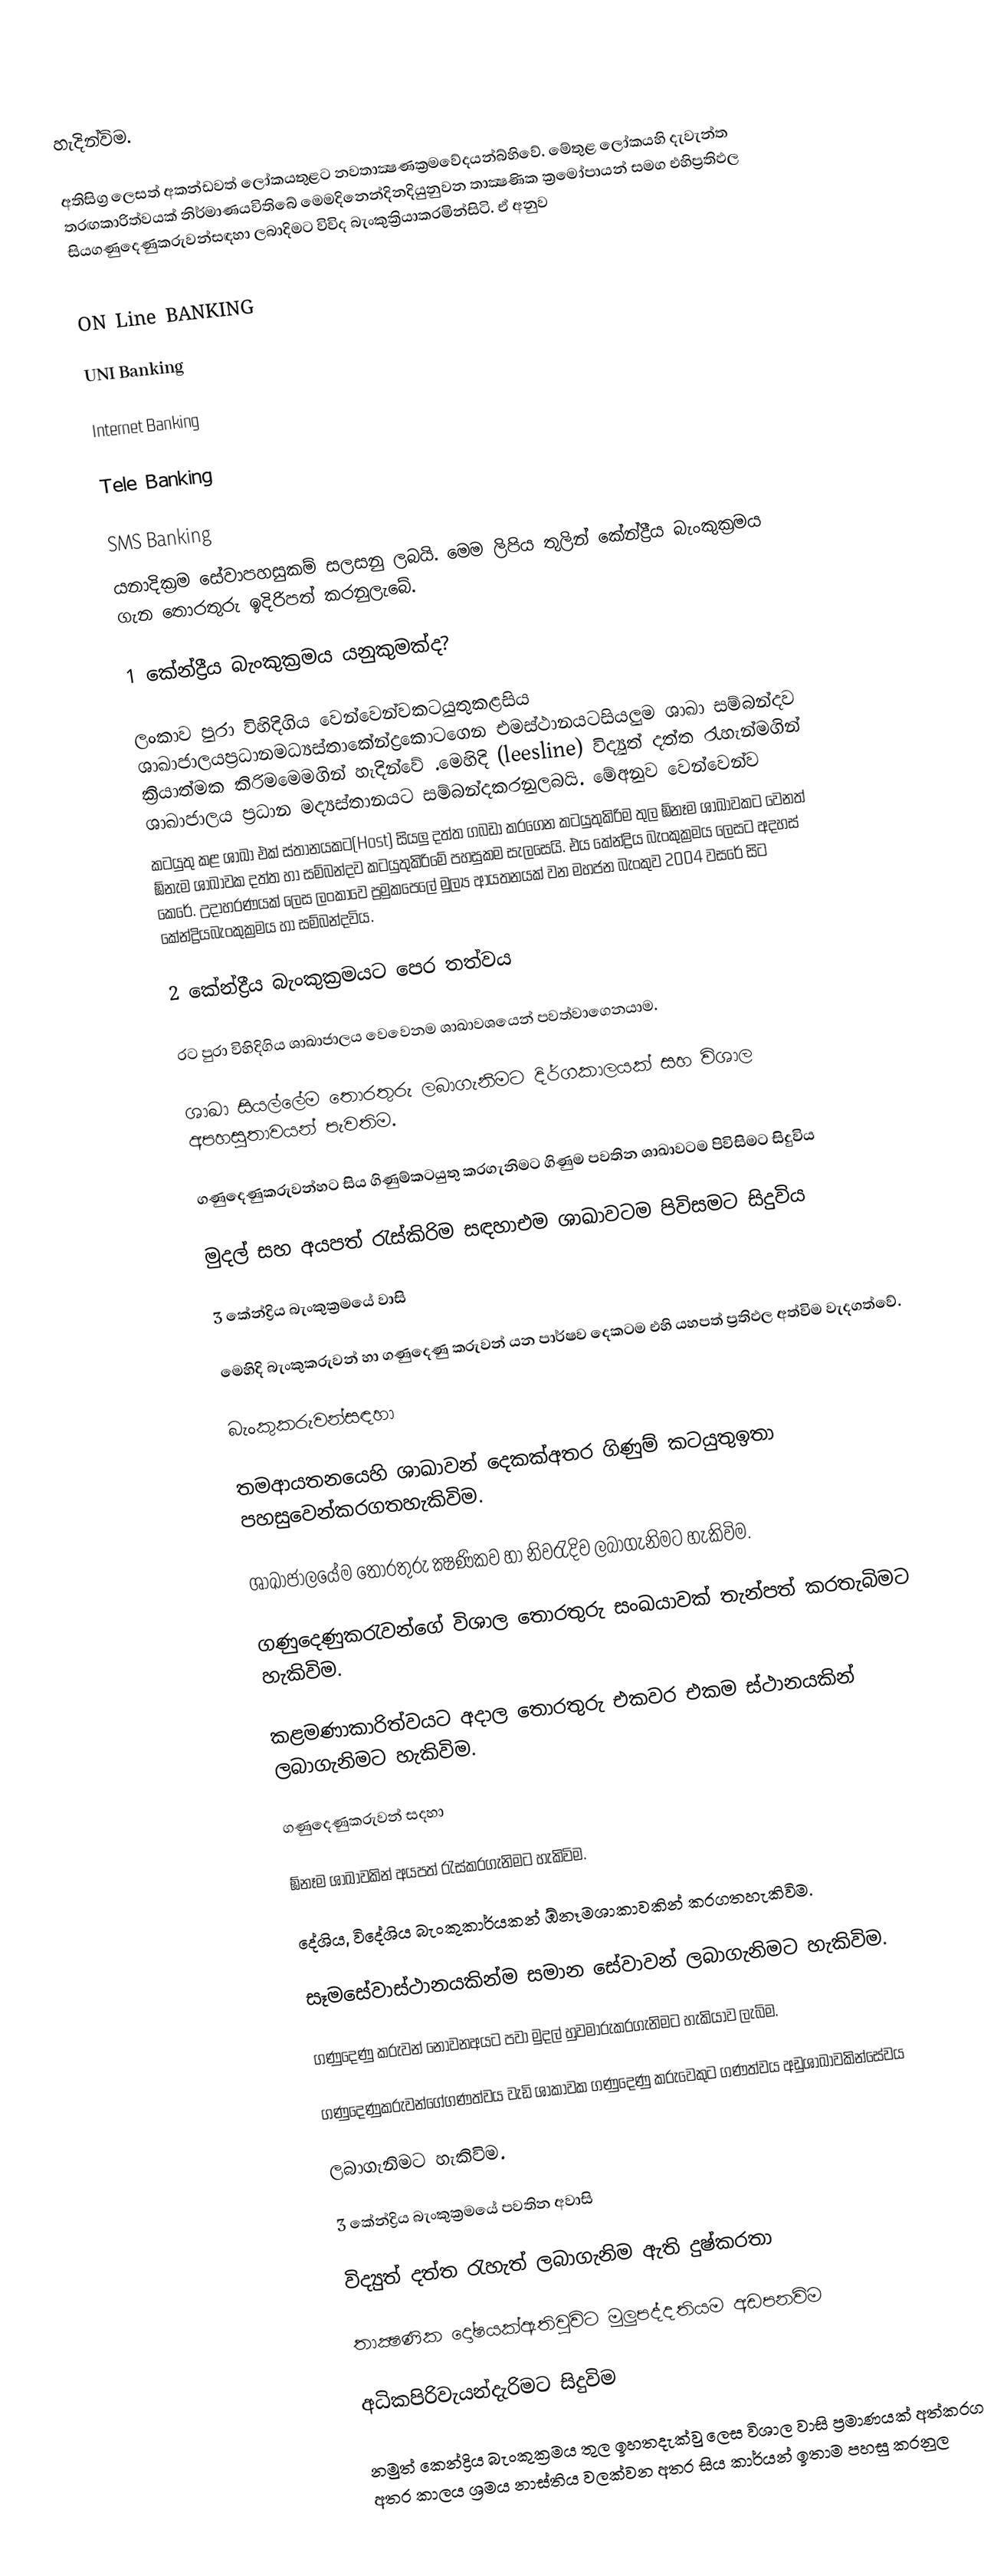

හැදින්විම.

අතිසිග්‍ර ලෙසත් අකන්ඩවත් ලෝකයතුළට නවතාක්‍ෂණක්‍රමවේදයන්බ්හිවේ. මේතුළ ‍ලෝකයහි දැවැන්ත තරඟකාරිත්වයක් නිර්මාණයවිතිබේ මෙමදිනෙන්දිනදියුනුවන තාක්‍ෂණික ක්‍රමෝපායන් සමග  එහිප්‍රතිඵල සියගණුදෙණුකරුවන්සඳහා ලබාදිමට විවිද බැංකුක්‍රියාකරමින්සිටි. ඒ අනුව

 ON Line BANKING

 UNI Banking

 Internet Banking

 Tele Banking

SMS Banking
යනාදික්‍රම සේවාපහසුකම් සලසනු ලබයි. මෙම ලිපිය තුලින් කේන්ද්‍රීය බැංකුක්‍රමය ගැන තොරතුරු ඉදිරිපත් කරනුලැබේ.

1 කේන්ද්‍රීය බැංකුක්‍රමය යනුකුමක්ද?

ලංකාව පුරා විහිදිගිය  වෙන්වෙන්වකටයුතුකළසිය ශාඛාජාලයප්‍රධානමධ්‍යස්තාකේන්ද්‍රකොටගෙන එමස්ථානයටසියලුම ශාඛා සම්බන්දව ක්‍රියාත්මක කිරිමමෙමගින් හැදින්වේ .මෙහිදි (leesline) විද්‍යුත් දත්ත රැහැන්මගින් ශාඛාජාලය ප්‍රධාන මද්‍යස්තානයට සම්බන්දකරනුලබයි. මේඅනුව වෙන්වෙන්ව
කටයුතු කළ ශාඛා එක් ස්තානයකට(Host) සියලු දත්ත ගබඩා කරගෙන කටයුතුකිරිම තුල ඹ්නෑම ශාඛාවකට වෙනත් ඹ්නැම ශාඛාවක දත්ත හා සම්බන්දව කටයුතුකිරිමේ පහසුකම සැලසෙයි. එය කේන්ද්‍රිය බැංකුක්‍රමය ලෙසට අදහස් කෙරේ. උදාහරණයක් ලෙස ලංකාවෙ ප්‍රමුකපෙලේ මුල්‍ය ආයතනයක් වන මහජන බැංකුව 2004 වසරේ සිට කේන්ද්‍රියබැංකුක්‍රමය  හා සම්බන්දවිය.

2 කේන්ද්‍රීය බැංකුක්‍රමයට පෙර තත්වය

රට පුරා විහිදිගිය ශාඛාජාලය වෙවෙනම ශාඛාවශයෙන් පවත්වාගෙනයාම.

ශාඛා සියල්ලේම තොරතුරු ලබාගැනිමට දිර්ගකාලයක් සහ විශාල අපහසුතාවයන් පැවතිම.

ගණුදෙණුකරුවන්හට සිය ගිණුම්කටයුතු කරගැනිමට ගිණුම පවතින ශාඛාවටම පිවිසිමට සිදුවිය

මුදල් සහ අයපත් රැස්කිරිම සඳහාඑම ශාඛාවටම පිවිසමට සිදුවිය

3 කේන්ද්‍රිය බැංකුක්‍රමයේ වාසි

මෙහිදි බැංකුකරුවන් හා ගණුදෙණු කරුවන් යන පාර්ෂව දෙකටම  එහි යහපත් ප්‍රතිඵල අත්විම වැදගත්වේ.

		බැංකුකරුවන්සඳහා

තමආයතනයෙහි ශාඛාවන් දෙකක්අතර ගිණුම් කටයුතුඉතා පහසුවෙන්කරගතහැකිවිම.

ශාඛාජාලයේම තොරතුරු ක්‍ෂණිකව හා නිවරැදිව ලබාගැනිමට හැකිවිම.

ගණුදෙණුකරැවන්ගේ විශාල තොරතුරු සංඛයාවක් තැන්පත් කරතැබිමට හැකිවිම.

කළමණාකාරිත්වයට අදාල තොරතුරු එකවර එකම ස්ථානයකින් ලබාගැනිමට හැකිවිම.

		ගණුදෙණුකරුවන් සදහා

ඹ්නෑම ශාඛාවකින් අයපත් රැස්කරගැනිමට හැකිවිම.

දේශිය, විදේශිය බැංකුකාර්යකන් ඹ්නෑමශාකාවකින් කරගතහැකිවිම.

සෑමසේවාස්ථානයකින්ම සමාන සේවාවන් ලබාගැනිමට හැකිවිම.

ගණුදෙණු කරුවන් නොවනඅයට පවා මුදල් හුවමාරුකරගැනිමට හැකියාව ලැබිම.

ගණුදෙණුකරුවන්ගේගණත්වය වැඩි ශාකාවක ගණුදෙණු කරුවෙකුට ගණත්වය අඩුශාඛාවකින්සේවය

ලබාගැනිමට හැකිවිම.

3 කේන්ද්‍රිය බැංකුක්‍රමයේ පවතින අවාසි

විද්‍යුත් දත්ත රැහැත් ලබාගැනිම ඇති දුෂ්කරතා

තාක්‍ෂණික දෝෂයක්ඇතිවුවිට මුලුපද්දතියම අඩපනවිම

අධිකපිරිවැයන්දැරිමට සිදුවිම

නමුත් කෙන්ද්‍රිය බැංකුක්‍රමය තුල ඉහතදැක්වු ලෙස විශාල වාසි ප්‍රමාණයක් අත්කරගත හැකි අතර කාලය ශ්‍රමය නාස්තිය වලක්වන අතර සිය කාර්යන් ඉතාම පහසු කරනුල